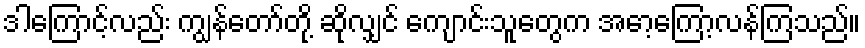
ဒါကြောင့်လည်း ကျွန်တော်တို့ ဆိုလျှင် ကျောင်းသူတွေက အော့ကြော့လန်ကြသည်။